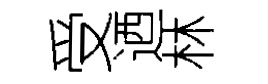
受迺林